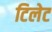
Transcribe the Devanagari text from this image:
टिलेट